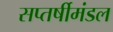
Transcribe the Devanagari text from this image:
सप्तर्षीमंडल